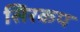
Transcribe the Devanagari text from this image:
सिरकप